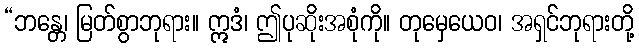
“ဘန္တေ၊ မြတ်စွာဘုရား။ ဣဒံ၊ ဤပုဆိုးအစုံကို။ တုမှေယေဝ၊ အရှင်ဘုရားတို့